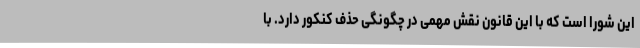
این شورا است که با این قانون نقش مهمی در چگونگی حذف کنکور دارد. با